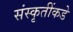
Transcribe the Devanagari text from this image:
संस्कृतींकडे